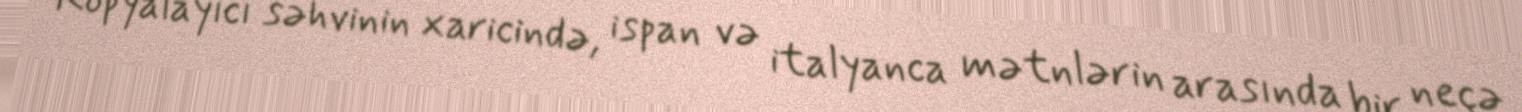
Kopyalayıcı səhvinin xaricində, ispan və italyanca mətnlərin arasında bir neçə